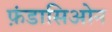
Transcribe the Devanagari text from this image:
फ़ंडासिओन